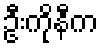
ဦးကိုနီက